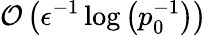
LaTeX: \mathcal{O}\left(\epsilon^{-1}\log\left(p_{0}^{-1}\right)\right)